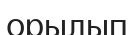
орылып